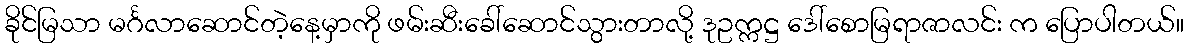
ခိုင်မြသာ မင်္ဂလာဆောင်တဲ့နေ့မှာကို ဖမ်းဆီးခေါ်ဆောင်သွားတာလို့ ဒုဥက္ကဋ္ဌ ဒေါ်စောမြရာဇာလင်း က ပြောပါတယ်။